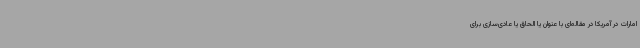
امارات در آمریکا در مقاله‌ای با عنوان یا الحاق یا عادی‌سازی برای